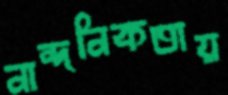
নান্দনিকতায়